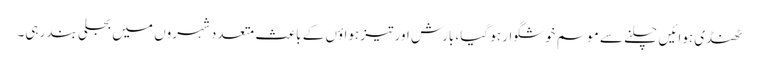
ٹھنڈی ہوائیں چلنے سے موسم خوشگوار ہو گیا، بارش اور تیز ہواؤں کے باعث متعدد شہروں میں بجلی بند رہی۔